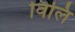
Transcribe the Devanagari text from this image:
विलि